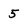
Character: 5